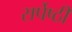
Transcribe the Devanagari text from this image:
सर्पेष्ठी